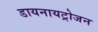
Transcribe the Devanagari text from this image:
डायनायट्रोजन